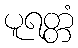
ပူရတ္တံ